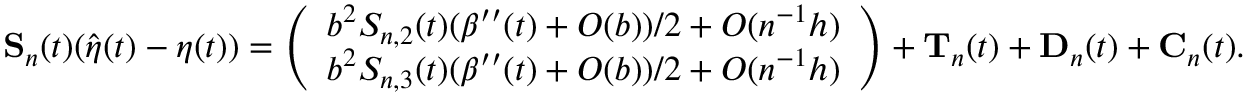
\begin{array} { r } { \mathbf S _ { n } ( t ) ( \hat { \boldsymbol \eta } ( t ) - \boldsymbol \eta ( t ) ) = \left( \begin{array} { l } { b ^ { 2 } S _ { n , 2 } ( t ) ( \beta ^ { \prime \prime } ( t ) + O ( b ) ) / 2 + O ( n ^ { - 1 } h ) } \\ { b ^ { 2 } S _ { n , 3 } ( t ) ( \beta ^ { \prime \prime } ( t ) + O ( b ) ) / 2 + O ( n ^ { - 1 } h ) } \end{array} \right) + \mathbf T _ { n } ( t ) + \mathbf D _ { n } ( t ) + \mathbf C _ { n } ( t ) . } \end{array}